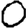
Digit: 0